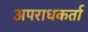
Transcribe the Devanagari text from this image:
अपराधकर्ता